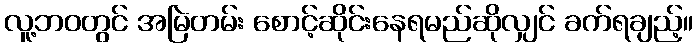
လူ့ဘဝတွင် အမြဲတမ်း စောင့်ဆိုင်းနေရမည်ဆိုလျှင် ခက်ရချည့်။